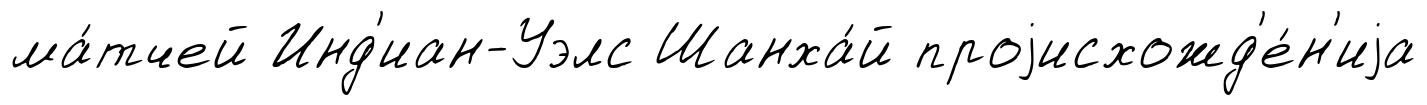
ма́тчей Инд'иан-Уэлс Шанха́й проjисхожд'е́н'иjа